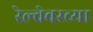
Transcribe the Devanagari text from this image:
रेल्वेवरच्या